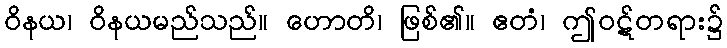
ဝိနယ၊ ဝိနယမည်သည်။ ဟောတိ၊ ဖြစ်၏။ ဧတံ၊ ဤဝဋ်တရား၌